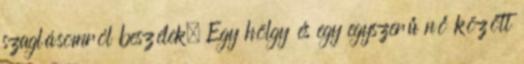
szaglásomról beszélek. Egy hölgy és egy egyszerű nő között